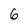
Character: 6